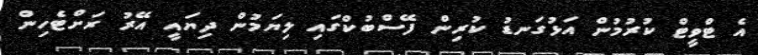
އެ ޓްވީޓް ކުރުމުން އަޅުގަނޑު ކުރިން ފޭސްބުކްގައި ލިޔަމުން ދިޔައީ އޭރު ރަށްޓެހިން